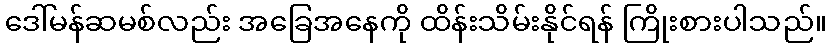
ဒေါ်မန်ဆမစ်လည်း အခြေအနေကို ထိန်းသိမ်းနိုင်ရန် ကြိုးစားပါသည်။